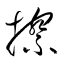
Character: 擦